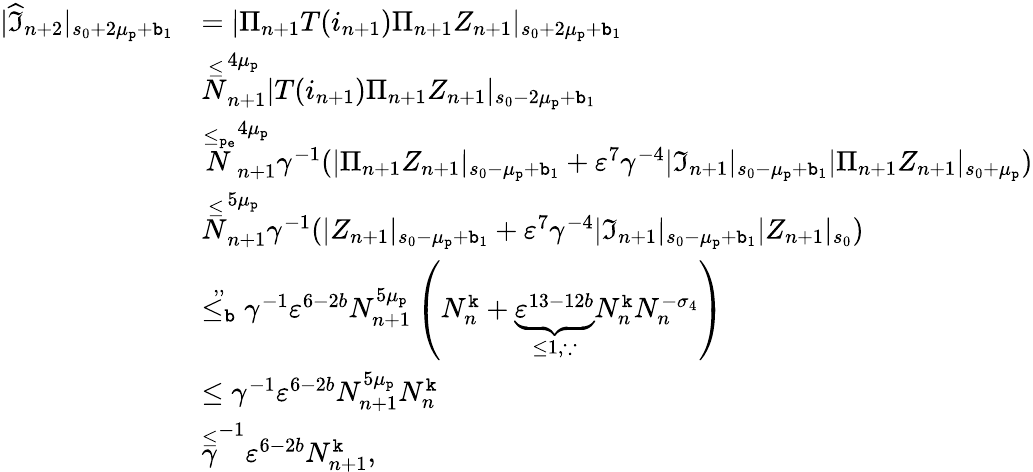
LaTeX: \begin{array}{rl}{|\widehat{\mathfrak{I}}_{n+2}|_{s_{0}+2\mu_{\mathtt{p}}+\mathtt{b}_{1}}}&{=|\Pi_{n+1}T(i_{n+1})\Pi_{n+1}Z_{n+1}|_{s_{0}+2\mu_{\mathtt{p}}+\mathtt{b}_{1}}}\\ &{\overset\le N_{n+1}^{4\mu_{\mathtt{p}}}|T(i_{n+1})\Pi_{n+1}Z_{n+1}|_{s_{0}-2\mu_{\mathtt{p}}+\mathtt{b}_{1}}}\\ &{\overset{\le_{\mathtt{p_{e}}}}N_{n+1}^{4\mu_{\mathtt{p}}}\gamma^{-1}(|\Pi_{n+1}Z_{n+1}|_{s_{0}-\mu_{\mathtt{p}}+\mathtt{b}_{1}}+\varepsilon^{7}\gamma^{-4}|\mathfrak{I}_{n+1}|_{s_{0}-\mu_{\mathtt{p}}+\mathtt{b}_{1}}|\Pi_{n+1}Z_{n+1}|_{s_{0}+\mu_{\mathtt{p}}})}\\ &{\overset\le N_{n+1}^{5\mu_{\mathtt{p}}}\gamma^{-1}(|Z_{n+1}|_{s_{0}-\mu_{\mathtt{p}}+\mathtt{b}_{1}}+\varepsilon^{7}\gamma^{-4}|\mathfrak{I}_{n+1}|_{s_{0}-\mu_{\mathtt{p}}+\mathtt{b}_{1}}|Z_{n+1}|_{s_{0}})}\\ &{\overset{,,}{\le_{\mathtt{b}}}\gamma^{-1}\varepsilon^{6-2b}N_{n+1}^{5\mu_{\mathtt{p}}}\left(N_{n}^{\mathtt{k}}+\underbrace{\varepsilon^{13-12b}}_{\le 1,\because}N_{n}^{\mathtt{k}}N_{n}^{-\sigma_{4}}\right)}\\ &{\le\gamma^{-1}\varepsilon^{6-2b}N_{n+1}^{5\mu_{\mathtt{p}}}N_{n}^{\mathtt{k}}}\\ &{\overset\le\gamma^{-1}\varepsilon^{6-2b}N_{n+1}^{\mathtt{k}},}\end{array}